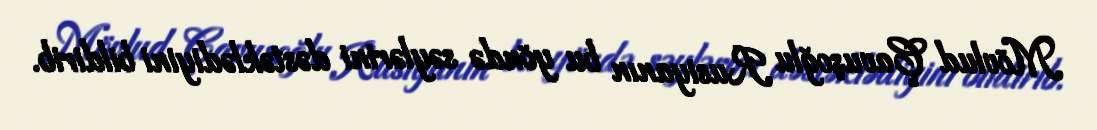
Mövlud Çavuşoğlu Rusiyanın bu yöndə səylərini dəstəklədiyini bildirib.